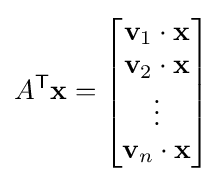
A^{\mathsf {T}}\mathbf {x} ={\begin{bmatrix}\mathbf {v} _{1}\cdot \mathbf {x} \\\mathbf {v} _{2}\cdot \mathbf {x} \\\vdots \\\mathbf {v} _{n}\cdot \mathbf {x} \end{bmatrix}}